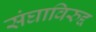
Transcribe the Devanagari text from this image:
संघाविरुद्द